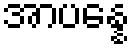
အာပန္နေ